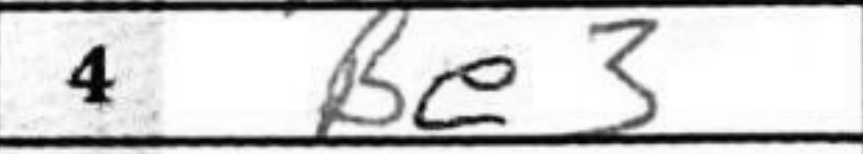
Transcription: Be3